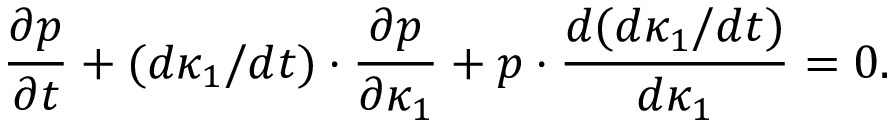
\frac { \partial p } { \partial t } + ( d \kappa _ { 1 } / d t ) \cdot \frac { \partial p } { \partial \kappa _ { 1 } } + p \cdot \frac { d ( d \kappa _ { 1 } / d t ) } { d \kappa _ { 1 } } = 0 .